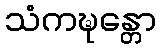
သံကဍ္ဎန္တော